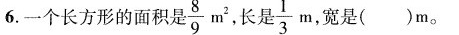
6.一个长方形的面积是 \frac{8}{9}m^{2} 长是 \frac{1}{3}m 宽是( )m。